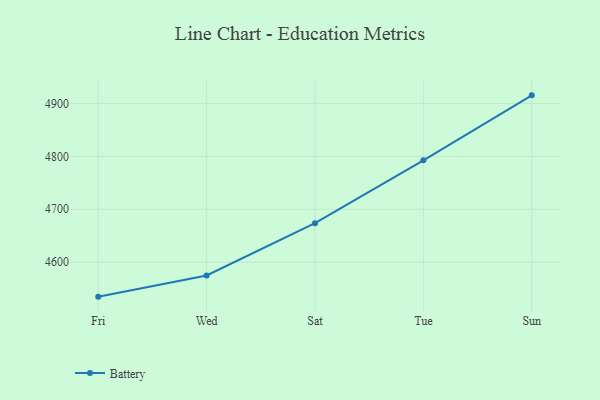
{"axis": {"x": "Day", "y": "Conversion Rate (%)"}, "legend": ["Battery"], "data": [{"x": "Fri", "y": 4534.8, "type": "Battery"}, {"x": "Wed", "y": 4574.8, "type": "Battery"}, {"x": "Sat", "y": 4673.7, "type": "Battery"}, {"x": "Tue", "y": 4792.4, "type": "Battery"}, {"x": "Sun", "y": 4915.3, "type": "Battery"}]}